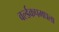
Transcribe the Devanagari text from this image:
वर्ल्डकपमधला